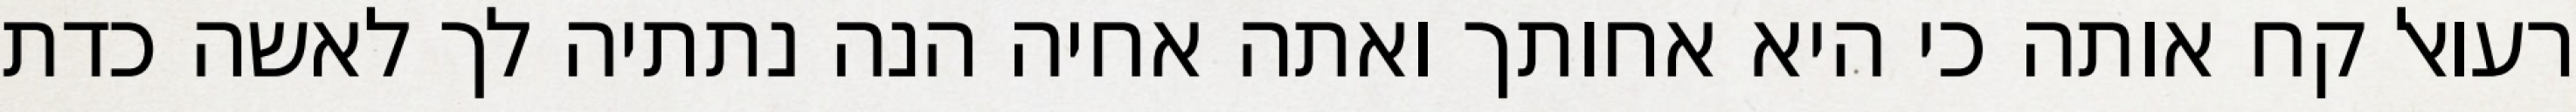
רעואל קח אותה כי היא אחותך ואתה אחיה הנה נתתיה לך לאשה כדת